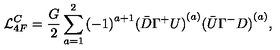
{ \cal L } _ { 4 F } ^ { C } = \frac { G } { 2 } \sum _ { a = 1 } ^ { 2 } { ( - 1 ) } ^ { a + 1 } { ( \bar { D } \Gamma ^ { + } U ) } ^ { ( a ) } { ( \bar { U } \Gamma ^ { - } D ) } ^ { ( a ) } ,